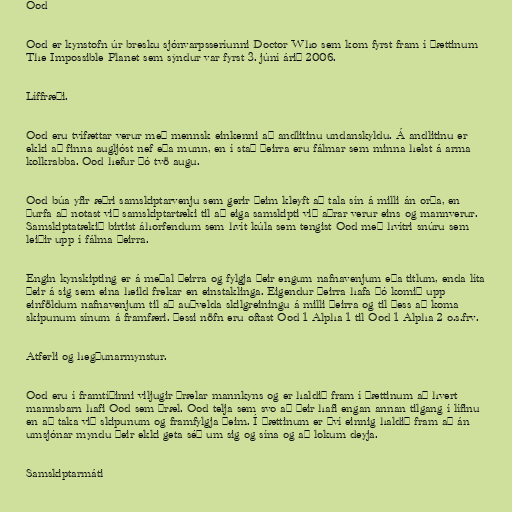
Ood

Ood er kynstofn úr bresku sjónvarpsseríunni Doctor Who sem kom fyrst fram í þættinum
The Impossible Planet sem sýndur var fyrst 3. júní árið 2006.

Líffræði.

Ood eru tvífættar verur með mennsk einkenni að andlitinu undanskyldu. Á andlitinu er
ekki að finna augljóst nef eða munn, en í stað þeirra eru fálmar sem minna helst á arma
kolkrabba. Ood hefur þó tvö augu.

Ood búa yfir æðri samskiptarvenju sem gerir þeim kleyft að tala sín á milli án orða, en
þurfa að notast við samskiptartæki til að eiga samskipti við aðrar verur eins og mannverur.
Samskiptatækið birtist áhorfendum sem hvít kúla sem tengist Ood með hvítri snúru sem
leiðir upp í fálma þeirra.

Engin kynskipting er á meðal þeirra og fylgja þeir engum nafnavenjum eða titlum, enda líta
þeir á sig sem eina heild frekar en einstaklinga. Eigendur þeirra hafa þó komið upp
einföldum nafnavenjum til að auðvelda skilgreiningu á milli þeirra og til þess að koma
skipunum sínum á framfæri. Þessi nöfn eru oftast Ood 1 Alpha 1 til Ood 1 Alpha 2 o.s.frv.

Atferli og hegðunarmynstur.

Ood eru í framtíðinni viljugir þrælar mannkyns og er haldið fram í þættinum að hvert
mannsbarn hafi Ood sem þræl. Ood telja sem svo að þeir hafi engan annan tilgang í lífinu
en að taka við skipunum og framfylgja þeim. Í þættinum er því einnig haldið fram að án
umsjónar myndu þeir ekki geta séð um sig og sína og að lokum deyja.

Samskiptarmáti